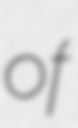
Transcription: of